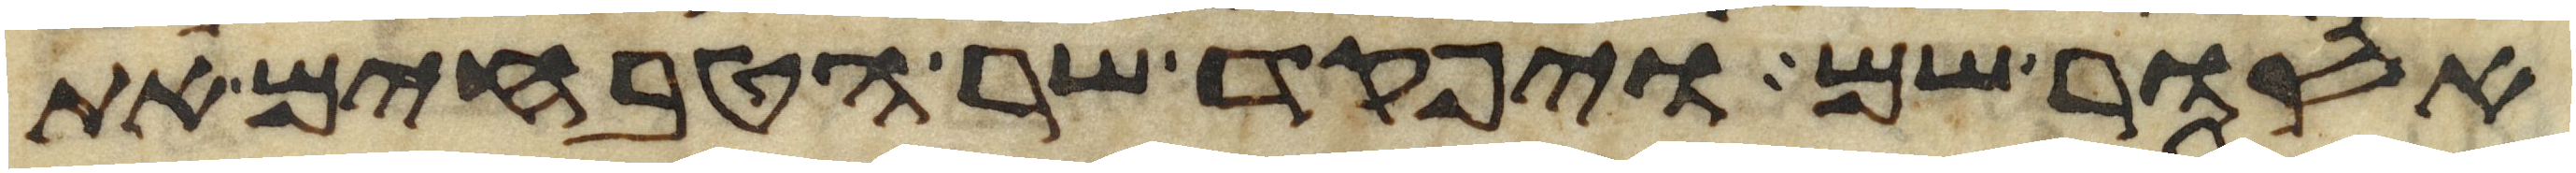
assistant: אסור שם ויפקד שר הטבחים את